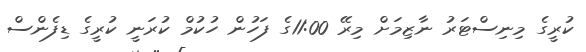
ކުރީގެ މިނިސްޓަރު ނާޒިމަށް މިރޭ 11:00ގެ ފަހުން ހުކުމް ކުރަނީ ކުރީގެ ޑިފެންސް